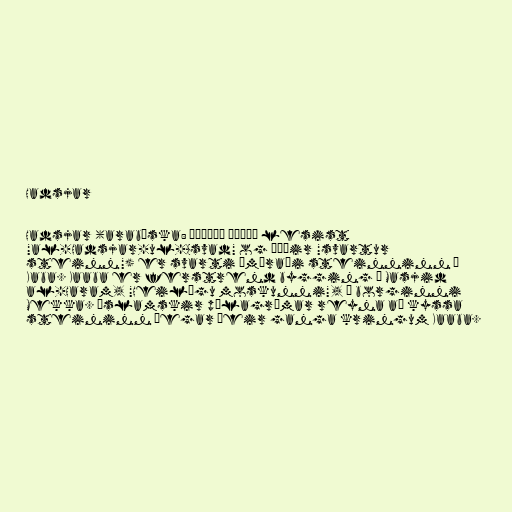
Hadsjar

Hadsjar (arabíska: الحجر الأسود lesist
"al-Hadsjar-ul-Asvad" og þýðir "svartur
steinn") er svarti ímúraði steinninn í
Kaba. Kaaba er ferstrend bygging í Masjid
al-Haram, "Heilögu moskunni", í borginni
Mekka. Íslamskir pílagrímar reyna að kyssa
steininn þegar þeir ganga kringum Kaaba.